Vaccination in Bombay 1874-1876 - 1874-1876
Year: 1874
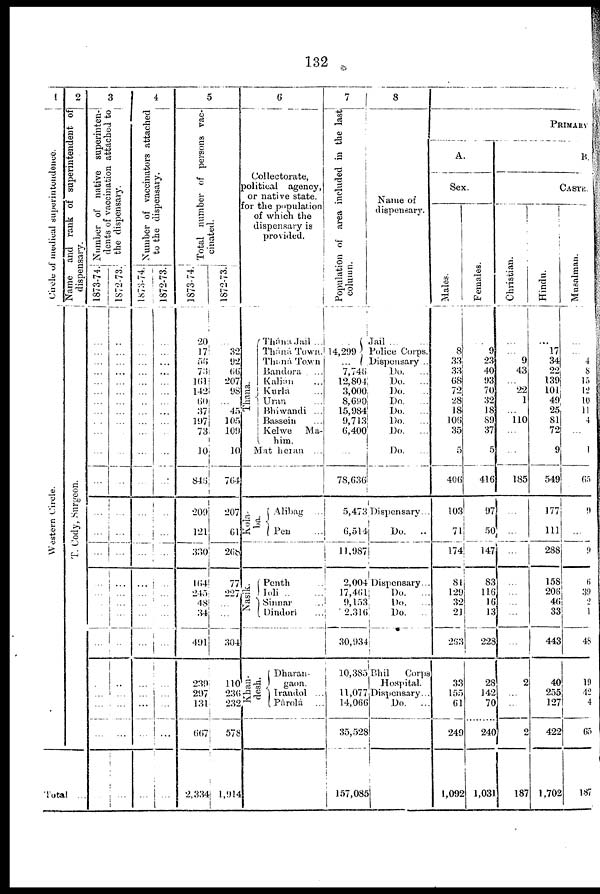
132
1
Circle of medical superintendence.
Western Circle.
2
Name and rank of superintendent of
dispensary.
T. Cody, Surgeon.
Total ...
3
Number of native superinten-
dents of vaccination attached to
the dispensary.
1873-74.
...
...
...
...
...
...
...
...
...
...
...
...
...
...
...
...
...
...
...
...
...
...
...
...
...
1872-73.
...
...
...
...
...
...
...
...
...
...
...
...
...
...
...
...
...
...
...
...
...
...
...
...
...
4
Number of vaccinators attached
to the dispensary.
1873-74.
...
...
...
...
...
...
...
...
...
...
...
...
...
...
...
...
...
...
...
...
...
...
...
...
...
1872-73.
...
...
...
...
...
...
...
...
...
...
...
...
...
...
...
...
...
...
...
...
...
...
...
...
...
5
Total number of persons vac-
cinated.
1873-74.
20
17
55
73
161
142
60
37
197
73
10
846
209
121
3 3 0
164
245
48
34
491
239
297
131
667
2,334
1872-73.
...
32
92
66
207
98
...
45
105
109
10
764
207
61
268
77
227
...
...
304
110
236
232
578
1,914
6
Collectorate,
political agency,
or native state.
for the papulation
of which the
dispensary is
provided.
Thana.
Thána Jail ...
Tháná Town.
Tháná Town
Bandora ...
Kalian ...
Kurla
Uran
Bhiwandi ...
Bassein
Kelwe
Ma¬
him.
Mat heran ...
Kola¬
ba
Alibag
Pen
Nasik.
Penth ...
loli
...
Sinnar ...
Dindori ...
Khan¬
desh.
Dharan¬
gaon.
Irandol ...
Párolá
...
7
Population of area included in the last
column.
...
14,299
... 7,746
12,804
3,000
8,690
15,984
9,713
6,400
...
78,636
5,473
6,514
11,987
2,004
17,461
9,153
2,316
30,934
10,385
11,077
14,066
35,528
157,085
8
Name of
dispensary.
Jail
...
...
Police Corps.
Dispensary ..
Do.
...
Do.
...
Do. ...
Do.
...
Do.
Do.
...
Do.
...
Do.
Dispensary. .
Do.
..
Dispensary...
Do.
...
Do.
...
Do.
..
Bhil
Corps
Hospital.
Dispensary...
Do.
...
PRIMARY
A.
Sex.
Males.
8
33
33
68
72
28
18
106
35
5
406
103
71
174
81
129
32
21
263
33
155
61
249
1,092
Females.
9
23
40
93
70
32
18
89
37
5
416
97
50
147
83
116
16
13
228
28
142
70
240
1,031
B.
CASTE.
Christian.
...
9
43
...
22
1
...
110
...
...
185
...
...
...
...
...
...
...
2
...
...
2
187
Hindu.
17
34
22
139
101
49
25
81
72
9
549
177
111
288
158
206
46
33
443
40
255
127
422
1,702
Musalman.
..
4
8
15
12
10
11
4
...
1
65
9
...
9
6
39
2
1
48
19
42
4
65
187